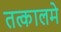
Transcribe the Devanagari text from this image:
तत्कालमे